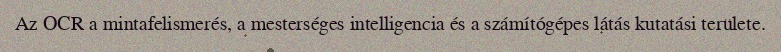
Az OCR a mintafelismerés, a mesterséges intelligencia és a számítógépes látás kutatási területe.